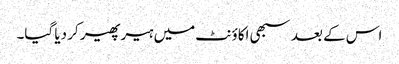
اس کے بعد سبھی اکاؤنٹ میں ہیر پھیر کر دیا گیا۔